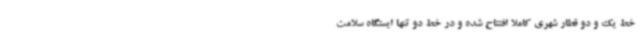
خط یک و دو قطار شهری کاملا افتتاح شده و در خط دو تنها ایستگاه سلامت